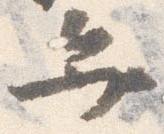
弁